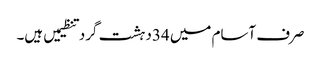
صرف آسام میں 34دہشت گرد تنظیمیں ہیں۔